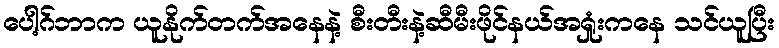
ပေါ့ဂ်ဘာက ယူနိုက်တက်အနေနဲ့ စီးတီးနဲ့ဆီမီးဖိုင်နယ်အရှုံးကနေ သင်ယူပြီး